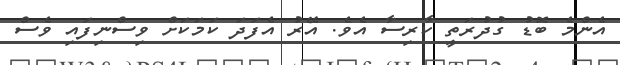
އެންމެ ބޮޑު ގުދުރަތީ ކާރިސާ އެވެ. އޭރު އެފަދަ ކަމަކަށް ވިސްނިފައި ވެސް